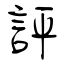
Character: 評